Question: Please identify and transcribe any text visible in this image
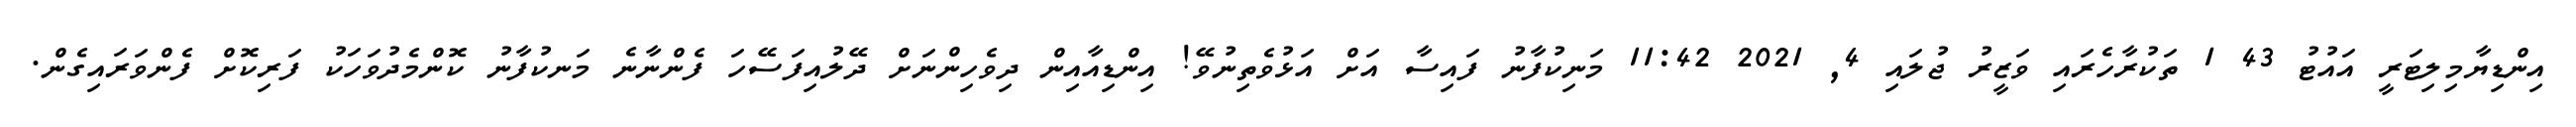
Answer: އިންޑިޔާމިލިޓަރީ އައުޓު 43 1 ތަކުރާހެރައި ވަޒީރު ޖުލައި 4, 2021 11:42 މަނިކުފާނު ފައިސާ އަށް އަޅުވެތިނުވޭ! އިންޑިއާއިން ދިވެހިންނަށް ދޭލުއިފަސޭހަ ފެންނާނެ މަނކުފާނު ކޮންމެދުވަހަކު ފަރިކޮށް ފެންވަރައިގެން.